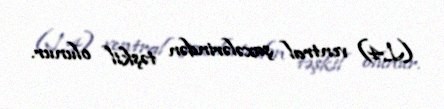
(L4) ventral şaxələrindən təşkil olunur.